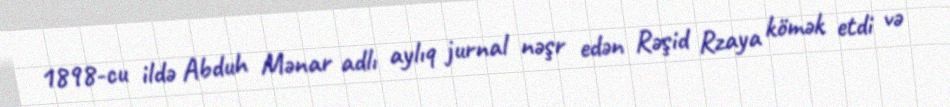
1898-cu ildə Abduh Mənar adlı aylıq jurnal nəşr edən Rəşid Rzaya kömək etdi və